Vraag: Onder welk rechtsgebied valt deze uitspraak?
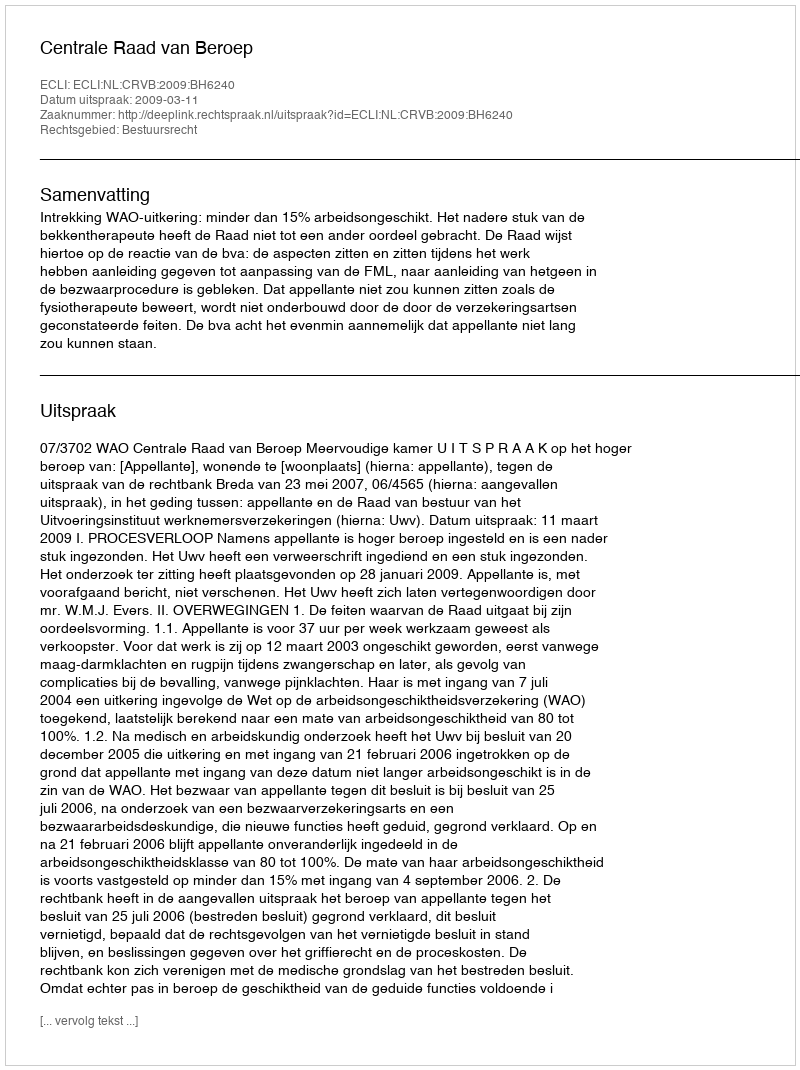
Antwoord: Bestuursrecht